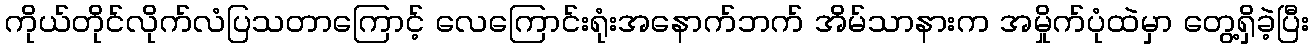
ကိုယ်တိုင်လိုက်လံပြသတာကြောင့် လေကြောင်းရုံးအနောက်ဘက် အိမ်သာနားက အမှိုက်ပုံထဲမှာ တွေ့ရှိခဲ့ပြီး